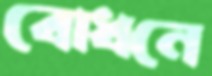
বোধনে